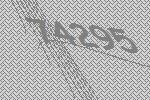
74295